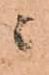
ニ